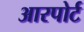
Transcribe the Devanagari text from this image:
आरपोर्ट